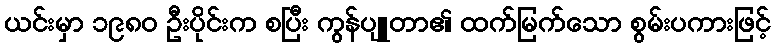
ယင်းမှာ ၁၉၈၀ ဦးပိုင်းက စပြီး ကွန်ပျူတာ၏ ထက်မြက်သော စွမ်းပကားဖြင့်